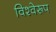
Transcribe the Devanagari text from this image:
विश्वेरूप